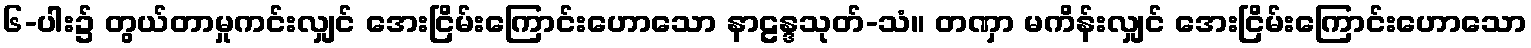
၆-ပါး၌ တွယ်တာမှုကင်းလျှင် အေးငြိမ်းကြောင်းဟောသော နာဠန္ဒသုတ်-သံ။ တဏှာ မကိန်းလျှင် အေးငြိမ်းကြောင်းဟောသော